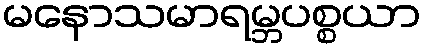
မနောသမာရမ္ဘပစ္စယာ